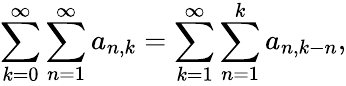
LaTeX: \sum_{k=0}^{\infty}\sum_{n=1}^{\infty}a_{n,k}=\sum_{k=1}^{\infty}\sum_{n=1}^{k}a_{n,k-n},